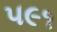
૫૯૧